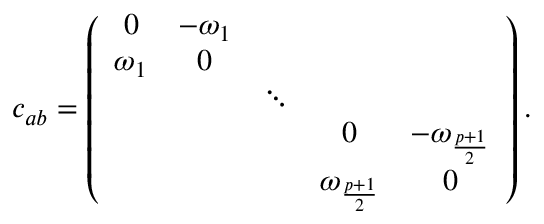
c _ { a b } = \left( \begin{array} { c c c c c } { { 0 } } & { { - \omega _ { 1 } } } & { { } } & { { } } & { { } } \\ { { \omega _ { 1 } } } & { { 0 } } & { { } } & { { } } & { { } } \\ { { } } & { { } } & { { \ddots } } & { { } } & { { } } \\ { { } } & { { } } & { { } } & { { 0 } } & { { - \omega _ { \frac { p + 1 } { 2 } } } } \\ { { } } & { { } } & { { } } & { { \omega _ { \frac { p + 1 } { 2 } } } } & { { 0 } } \end{array} \right) .